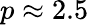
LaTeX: p\approx 2.5